Indian journal of veterinary science and animal husbandry - Volume 12,
Year: 1942
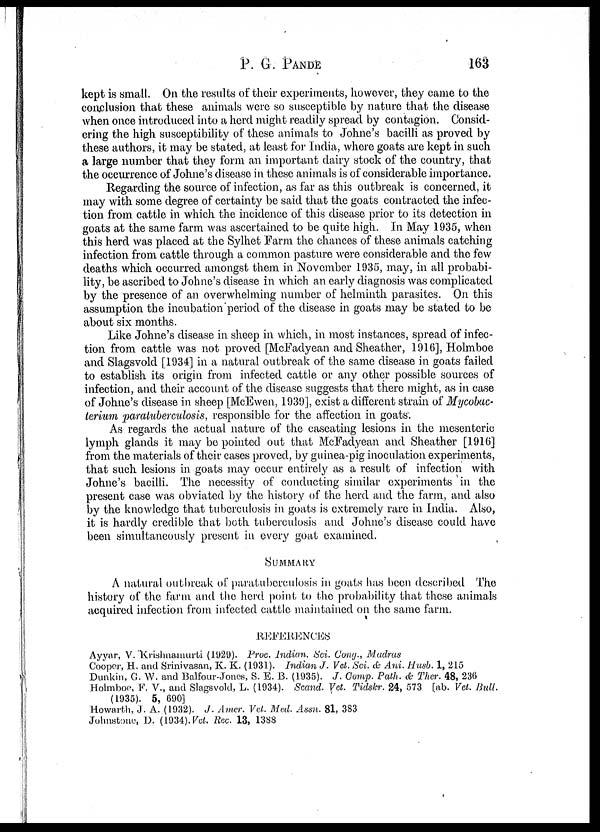
P. G. PANDE 163
kept is small. On the results of their experiments, however, they came to the
conclusion that these animals were so susceptible by nature that the disease
when once introduced into a herd might readily spread by contagion. Consid-
ering the high susceptibility of these animals to Johne's bacilli as proved by
these authors, it may be stated, at least for India, where goats are kept in such
a large number that they form an important dairy stock of the country, that
the occurrence of Johne's disease in these animals is of considerable importance.
Regarding the source of infection, as far as this outbreak is concerned, it
may with some degree of certainty be said that the goats contracted the infec-
tion from cattle in which the incidence of this disease prior to its detection in
goats at the same farm was ascertained to be quite high. In May 1935, when
this herd was placed at the Sylhet Farm the chances of these animals catching
infection from cattle through a common pasture were considerable and the few
deaths which occurred amongst them in November 1935, may, in all probabi-
lity, be ascribed to Johne's disease in which an early diagnosis was complicated
by the presence of an overwhelming number of helminth parasites. On this
assumption the incubation period of the disease in goats may be stated to be
about six months.
Like Johne's disease in sheep in which, in most instances, spread of infec-
tion from cattle was not proved [McFadyean and Sheather, 1916], Holmboe
and Slagsvold [1934] in a natural outbreak of the same disease in goats failed
to establish its origin from infected cattle or any other possible sources of
infection, and their account of the disease suggests that there might, as in case
of Johne's disease in sheep [McEwen, 1939], exist a different strain of Mycobac-
terium paratuberculosis, responsible for the affection in goats.
As regards the actual nature of the caseating lesions in the mesenteric
lymph glands it may be pointed out that McFadyean and Sheather [1916]
from the materials of their cases proved, by guinea-pig inoculation experiments,
that such lesions in goats may occur entirely as a result of infection with
Johne's bacilli. The necessity of conducting similar experiments in the
present case was obviated by the history of the herd and the farm, and also
by the knowledge that tuberculosis in goats is extremely rare in India. Also,
it is hardly credible that both tuberculosis and Johne's disease could have
been simultaneously present in every goat examined.
SUMMARY
A natural outbreak of paratuberculosis in goats has been described The
history of the farm and the herd point to the probability that these animals
acquired infection from infected cattle maintained on the same farm.
REFERENCES
Ayyar, V. Krishnamurti (1929). Proc. Indian. Sci. Cong., Madras
Cooper, H. and Srinivasan, K. K. (1931). Indian J. Vet. Sci. & Ani. Husb. 1, 215
Dunkin, G. W. and Balfour-Jones, S. E. B. (1935). J. Comp. Path. & Ther. 48, 236
Holmboe, F. V., and Slagsvold, L. (1934). Scand. Vet. Tidskr. 24, 573 [ab. Vet. Bull.
(1935). 5, 690]
Howarth, J. A. (1932). J. Amer. Vet. Med. Assn. 81, 383
Johnstone, D. (1934).Vet. Rec. 13, 1388